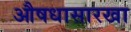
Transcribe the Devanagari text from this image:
औषधासारखा